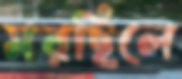
মরছিলে